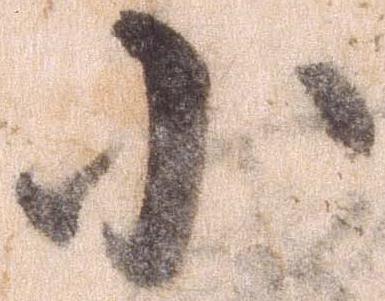
小